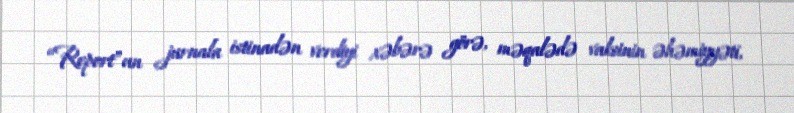
“Report”un jurnala istinadən verdiyi xəbərə görə, məqalədə vaksinin əhəmiyyəti,